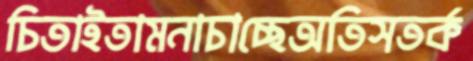
চিতাইতামনাচাচ্ছেঅতিসতর্ক